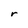
Character: r